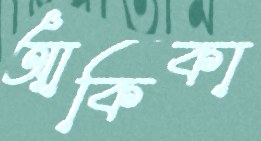
আকিকা